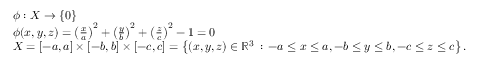
{ \begin{array} { r l } & { \phi : X \to \{ 0 \} } \\ & { \phi ( x , y , z ) = \left( { \frac { x } { a } } \right) ^ { 2 } + \left( { \frac { y } { b } } \right) ^ { 2 } + \left( { \frac { z } { c } } \right) ^ { 2 } - 1 = 0 } \\ & { X = [ - a , a ] \times [ - b , b ] \times [ - c , c ] = \left\{ ( x , y , z ) \in \mathbb { R } ^ { 3 } \, : \, - a \leq x \leq a , - b \leq y \leq b , - c \leq z \leq c \right\} . } \end{array} }